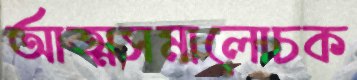
আত্মসমালোচক